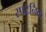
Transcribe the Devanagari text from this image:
स्पटनिक